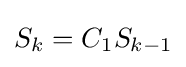
S_{k}=C_{1}S_{k-1}